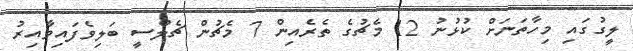
ލީގުގައި މިހާތަނަށް ކުޅުނު 12 މެޗުގެ ތެރެއިން 7 މެޗުން ޗެލްސީ ބަލިވެފައިވާއިރު